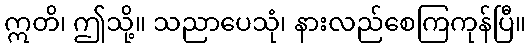
ဣတိ၊ ဤသို့။ သညာပေသုံ၊ နားလည်စေကြကုန်ပြီ။